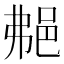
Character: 𨚭